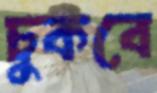
চুকবে